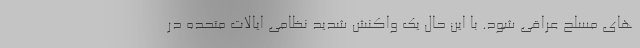
های مسلح عراقی شود. با این حال یک واکنش شدید نظامی ایالات متحده در